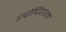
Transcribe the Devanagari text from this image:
एप्रोप्रिएश्न